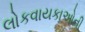
લોકવાયકાઓની